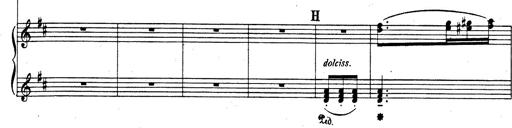
Title: Rhapsodie espagnole
Composer: Franz Liszt